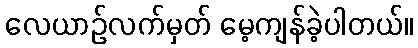
လေယာဉ်လက်မှတ် မေ့ကျန်ခဲ့ပါတယ်။